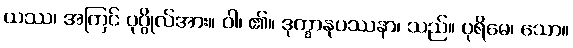
ယဿ၊ အကြင် ပုဂ္ဂိုလ်အား။ ဝါ၊ ၏။ ဒုက္ခာနုပဿနာ၊ သည်။ ပုရိမေ၊ သော။